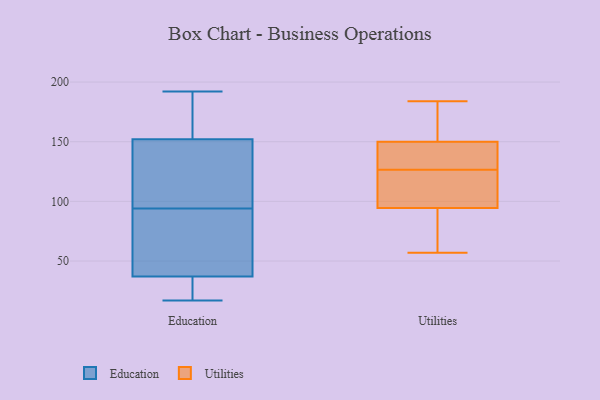
{"axis": {"x": "Population (Million)", "y": "Value"}, "legend": ["Education", "Utilities"], "data": [{"x": "", "y": 104, "type": "Education"}, {"x": "", "y": 82, "type": "Education"}, {"x": "", "y": 171, "type": "Education"}, {"x": "", "y": 184, "type": "Education"}, {"x": "", "y": 69, "type": "Education"}, {"x": "", "y": 140, "type": "Education"}, {"x": "", "y": 158, "type": "Education"}, {"x": "", "y": 67, "type": "Education"}, {"x": "", "y": 122, "type": "Education"}, {"x": "", "y": 84, "type": "Education"}, {"x": "", "y": 17, "type": "Education"}, {"x": "", "y": 33, "type": "Education"}, {"x": "", "y": 107, "type": "Education"}, {"x": "", "y": 37, "type": "Education"}, {"x": "", "y": 192, "type": "Education"}, {"x": "", "y": 32, "type": "Education"}, {"x": "", "y": 152, "type": "Education"}, {"x": "", "y": 37, "type": "Education"}, {"x": "", "y": 144, "type": "Utilities"}, {"x": "", "y": 156, "type": "Utilities"}, {"x": "", "y": 57, "type": "Utilities"}, {"x": "", "y": 134, "type": "Utilities"}, {"x": "", "y": 124, "type": "Utilities"}, {"x": "", "y": 117, "type": "Utilities"}, {"x": "", "y": 129, "type": "Utilities"}, {"x": "", "y": 91, "type": "Utilities"}, {"x": "", "y": 175, "type": "Utilities"}, {"x": "", "y": 98, "type": "Utilities"}, {"x": "", "y": 87, "type": "Utilities"}, {"x": "", "y": 184, "type": "Utilities"}]}